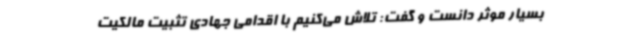
بسیار موثر دانست و گفت: تلاش می‌کنیم با اقدامی جهادی تثبیت مالکیت